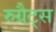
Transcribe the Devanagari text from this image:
रुग्रैट्स